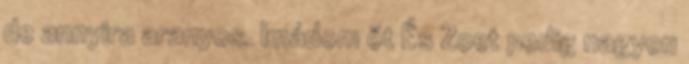
de annyira aranyos. Imádom őt És Zoet pedig nagyon